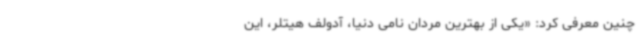
چنین معرفی ‌کرد: «یکی از بهترین مردان نامی دنیا، آدولف هیتلر، این